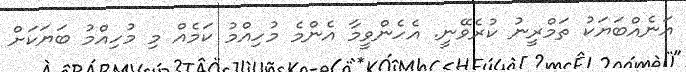
އަނެއްބަޔަކު ތަމްރީނު ކުރެވޭނީ. އެހެންވީމާ އެންމެ މުހިއްމު ކަމެއް މި މުހިއްމު ބަޔަކަށް